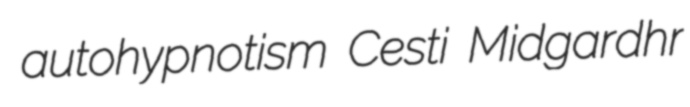
autohypnotism Cesti Midgardhr